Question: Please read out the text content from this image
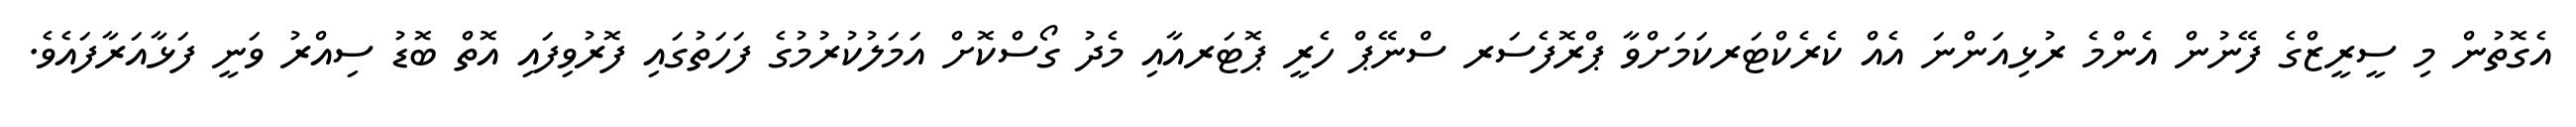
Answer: އެގޮތުން މި ސީރީޒްގެ ފޭނުން އެންމެ ރުޅިއަންނަ އެއް ކެރެކްޓަރކަމަށްވާ ޕްރޮފެސަރ ސްނޭޕް ހެރީ ޕޮޓަރއާއި މެދު ގޯސްކޮށް އަމަލުކުރުމުގެ ފަހަތުގައި ފޮރުވިފައި އޮތް ބޮޑު ސިއްރު ވަނީ ފަޅާއަރާފައެވެ.